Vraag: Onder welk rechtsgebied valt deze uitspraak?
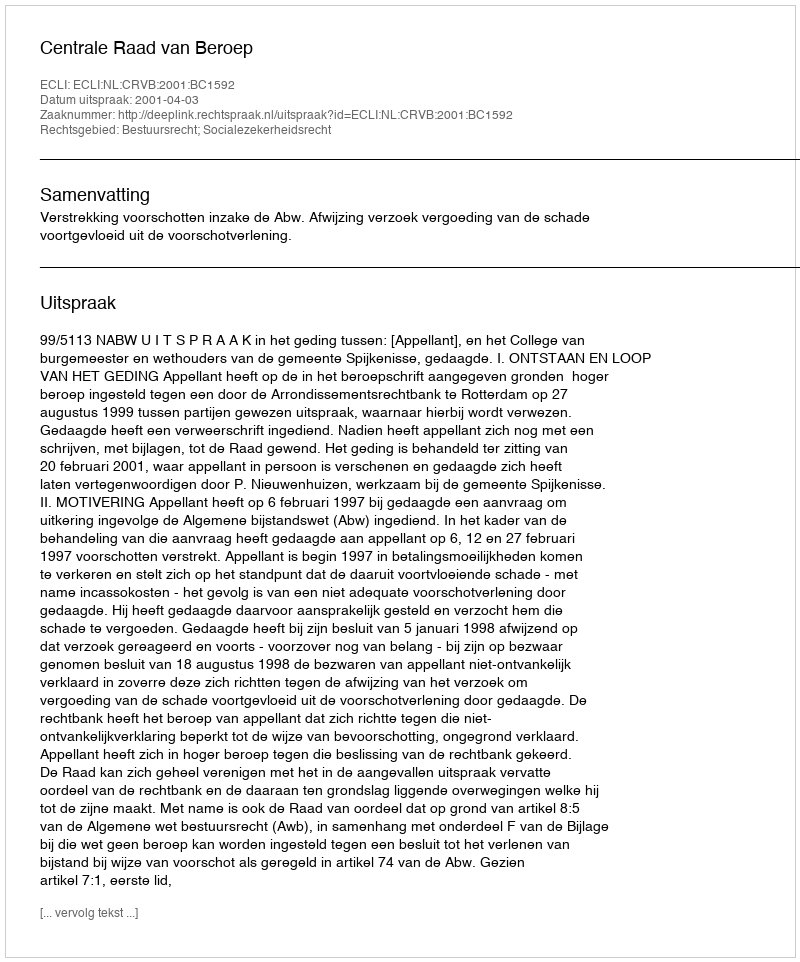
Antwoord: Bestuursrecht; Socialezekerheidsrecht